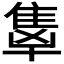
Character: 𬯭